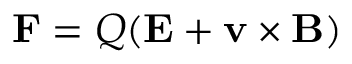
\mathbf { F } = Q ( \mathbf { E } + \mathbf { v } \times \mathbf { B } )